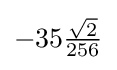
-35{\tfrac {\sqrt {2}}{256}}